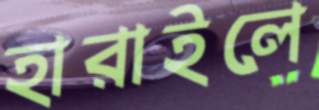
হারাইলে